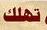
تهلك